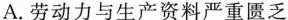
A.劳动力与生产资料严重匮乏